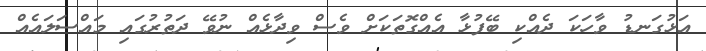
އަޅުގަނޑު ވާހަކަ ދެއްކި ބޭފުޅާ އެއްގޮތަކަށް ވެސް ވިދާޅެއް ނުވޭ ދަތުރުގައި މައްސަލައެއް